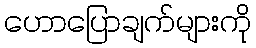
ဟောပြောချက်များကို